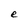
Character: e